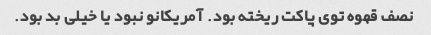
نصف قهوه توی پاکت ریخته بود. آمریکانو نبود یا خیلی بد بود.